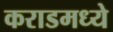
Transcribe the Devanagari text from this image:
कराडमध्ये